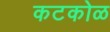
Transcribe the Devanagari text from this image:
कटकोळ